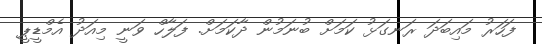
ފަހަރު މައިބަދަ ރަނގަޅު ކަމަށް ބުނަމުން ދާކަމަށް. ފަލާހް ވަނީ މިއަދު އެމްޑީޕީ